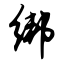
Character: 绑